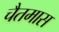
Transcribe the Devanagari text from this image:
चैतमास